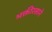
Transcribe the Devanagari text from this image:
भक्तीरसाने